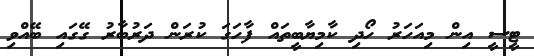
ޓީސީ އިން މިއަހަރު ހޯދި ކާމިޔާބީތައް ފާހަގަ ކުރަން ދަރުބާރު ގޭގައި ބޭއްވި